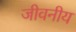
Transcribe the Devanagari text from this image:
जीवनीय